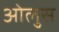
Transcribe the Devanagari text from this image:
ओलुस